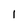
Character: I